Source: Handwritten
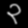
Digit: ၃ (3)